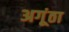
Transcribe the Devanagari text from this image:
अगूंठा